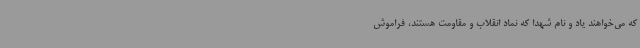
که می‌خواهند یاد و نام شهدا که نماد انقلاب و مقاومت هستند، فراموش